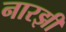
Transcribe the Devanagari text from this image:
नारझी